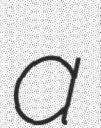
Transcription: a